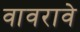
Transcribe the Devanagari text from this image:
वावरावे